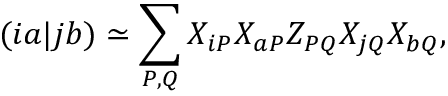
( i a | j b ) \simeq \sum _ { P , Q } X _ { i P } X _ { a P } Z _ { P Q } X _ { j Q } X _ { b Q } ,